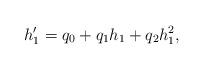
LaTeX: \begin{align*}h'_1 = q_0 + q_1h_1+q_2h_1^2,\end{align*}